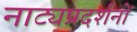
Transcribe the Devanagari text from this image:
नाट्यप्रदर्शनों